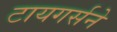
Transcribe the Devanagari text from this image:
टायगर्सने